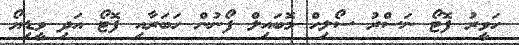
ހަވީރު ފޮޓޯ ނަސްރު ސޯލިހް މޮބައިލް ފޯނުން ހަބަރާއި ފޮޓޯ އަދި ވީޑިޔޯ